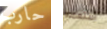
حارب أستعمله